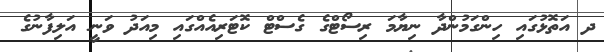
ދ އަތޮޅުގައި ހިންގަމުންދާ ނިޔާމަ ރިސޯޓްގެ ގެސްޓް ކޮޓަރިއެއްގައި މިއަދު ވަނީ އަލިފާނުގެ